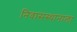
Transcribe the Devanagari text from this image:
निवासस्थानाला